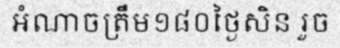
អំណាចត្រឹម១៨០ថ្ងៃសិន រួច